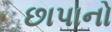
છાપાનો